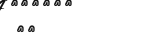
١١